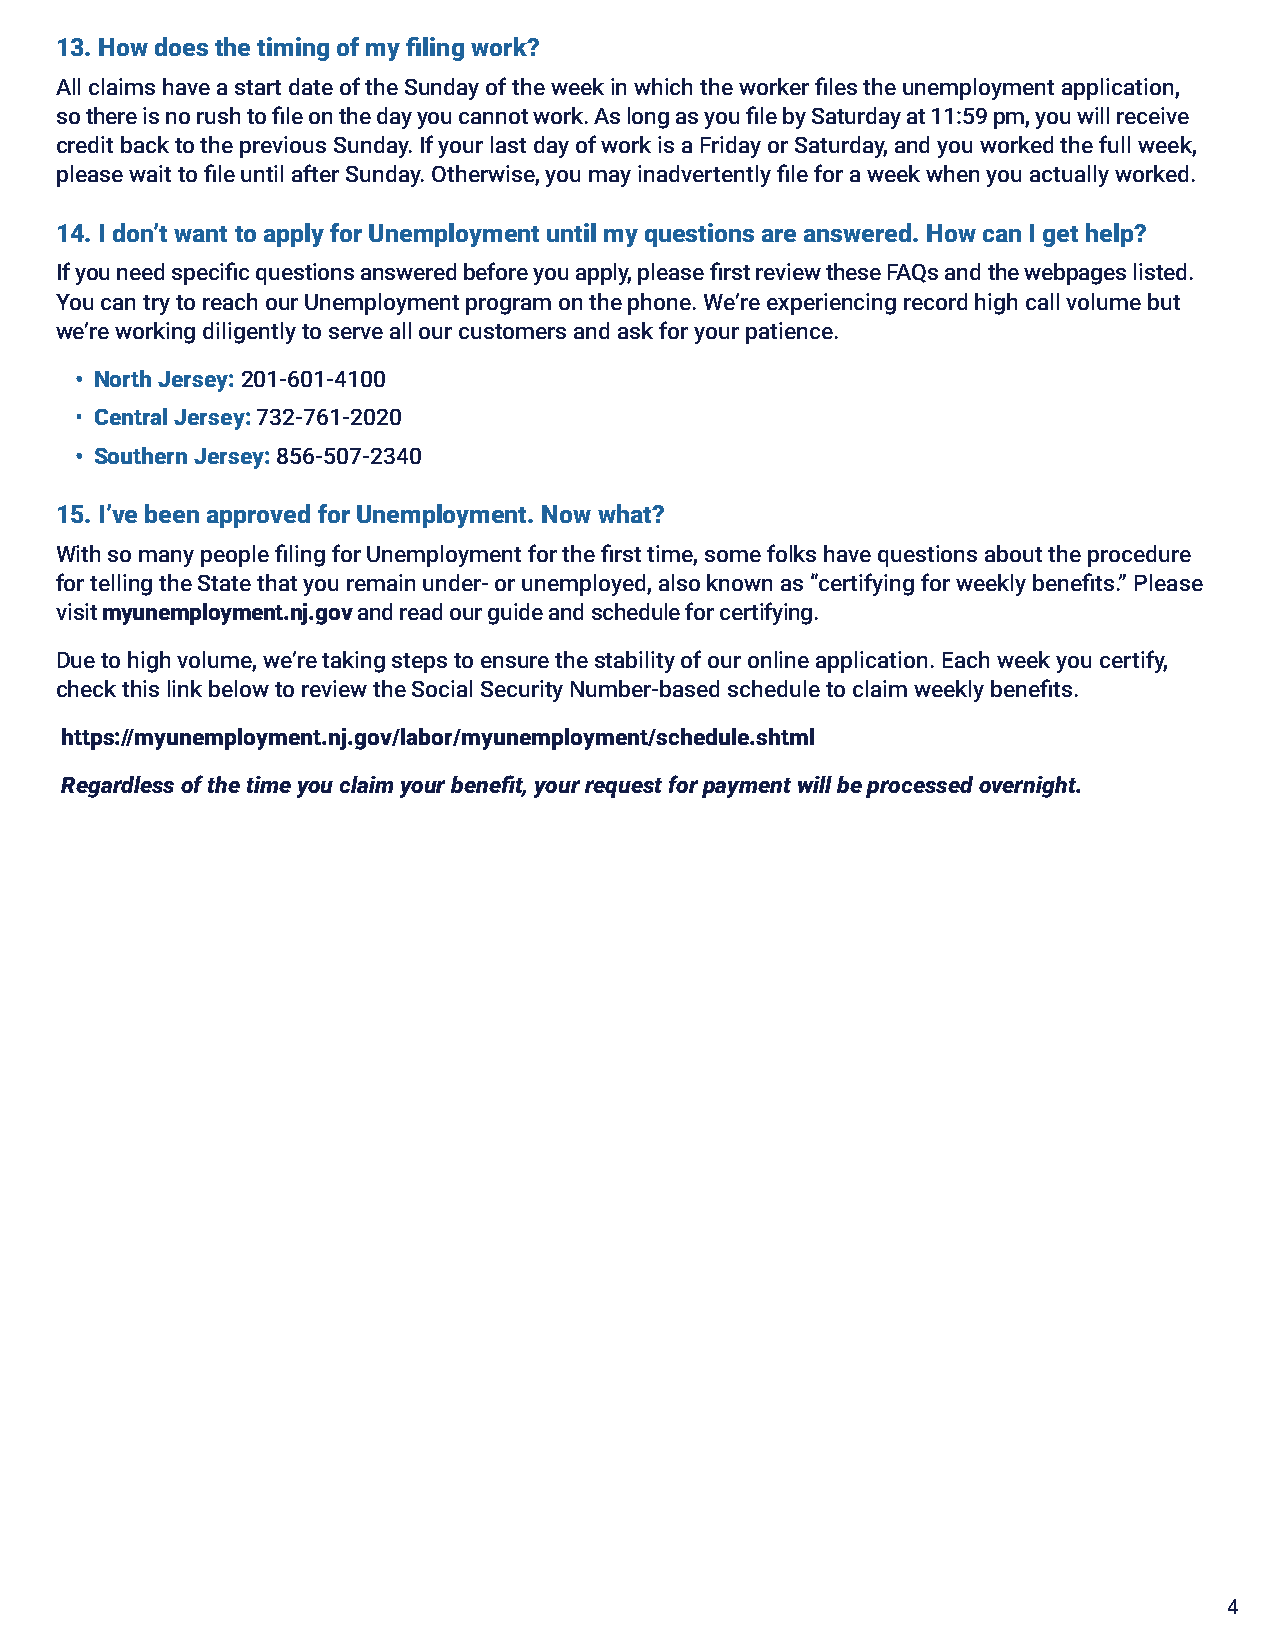
13. How does the timing of my filing work?
 All claims have a start date of the Sunday of the week in which the worker files the unemployment application,
 so there is no rush to file on the day you cannot work. As long as you file by Saturday at 11:59 pm, you will receive
 credit back to the previous Sunday. If your last day of work is a Friday or Saturday, and you worked the full week,
 please wait to file until after Sunday. Otherwise, you may inadvertently file for a week when you actually worked.
 14. I don’t want to apply for Unemployment until my questions are answered. How can I get help?
 If you need specific questions answered before you apply, please first review these FAQs and the webpages listed.
 You can try to reach our Unemployment program on the phone. We’re experiencing record high call volume but
 we’re working diligently to serve all our customers and ask for your patience.
 • North Jersey: 201-601-4100
 • Central Jersey: 732-761-2020
 • Southern Jersey: 856-507-2340
 15. I’ve been approved for Unemployment. Now what?
 With so many people filing for Unemployment for the first time, some folks have questions about the procedure
 for telling the State that you remain under- or unemployed, also known as “certifying for weekly benefits.” Please
 visit myunemployment.nj.gov and read our guide and schedule for certifying.
 Due to high volume, we’re taking steps to ensure the stability of our online application. Each week you certify,
 check this link below to review the Social Security Number-based schedule to claim weekly benefits.
 https://myunemployment.nj.gov/labor/myunemployment/schedule.shtml
 Regardless of the time you claim your benefit, your request for payment will be processed overnight.
 4